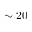
\sim 2 0